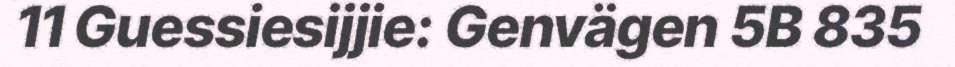
11 Guessiesijjie: Genvägen 5B 835